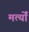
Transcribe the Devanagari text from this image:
मर्त्यों